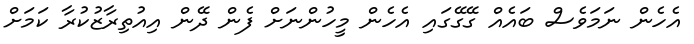
އެހެން ނަމަވެސް ބައެއް ގޭގޭގައި އެހެން މީހުންނަށް ފެން ދޭން އިއުތިރާޒުކުރާ ކަމަށް